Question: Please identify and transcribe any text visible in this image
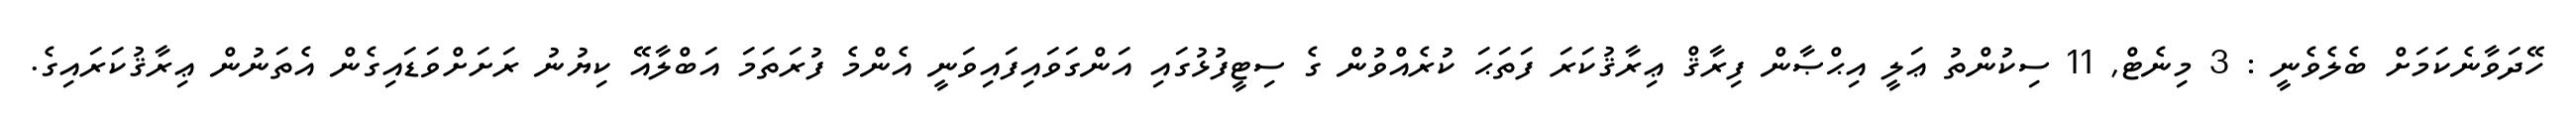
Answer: ހޭދަވާނެކަމަށް ބެލެވެނީ : 3 މިނެޓް, 11 ސިކުންތު ޢަލީ އިޙްޞާން ފިރާޤް ޢިރާޤުކަރަ ފަތަޙަ ކުރެއްވުން ގެ ސިޓީފުޅުގައި އަންގަވައިފައިވަނީ އެންމެ ފުރަތަމަ އަބްލާއޭ ކިޔުނު ރަށަށްވަޑައިގެން އެތަނުން ޢިރާޤުކަރައިގެ.